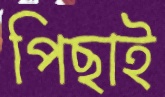
পিছাই